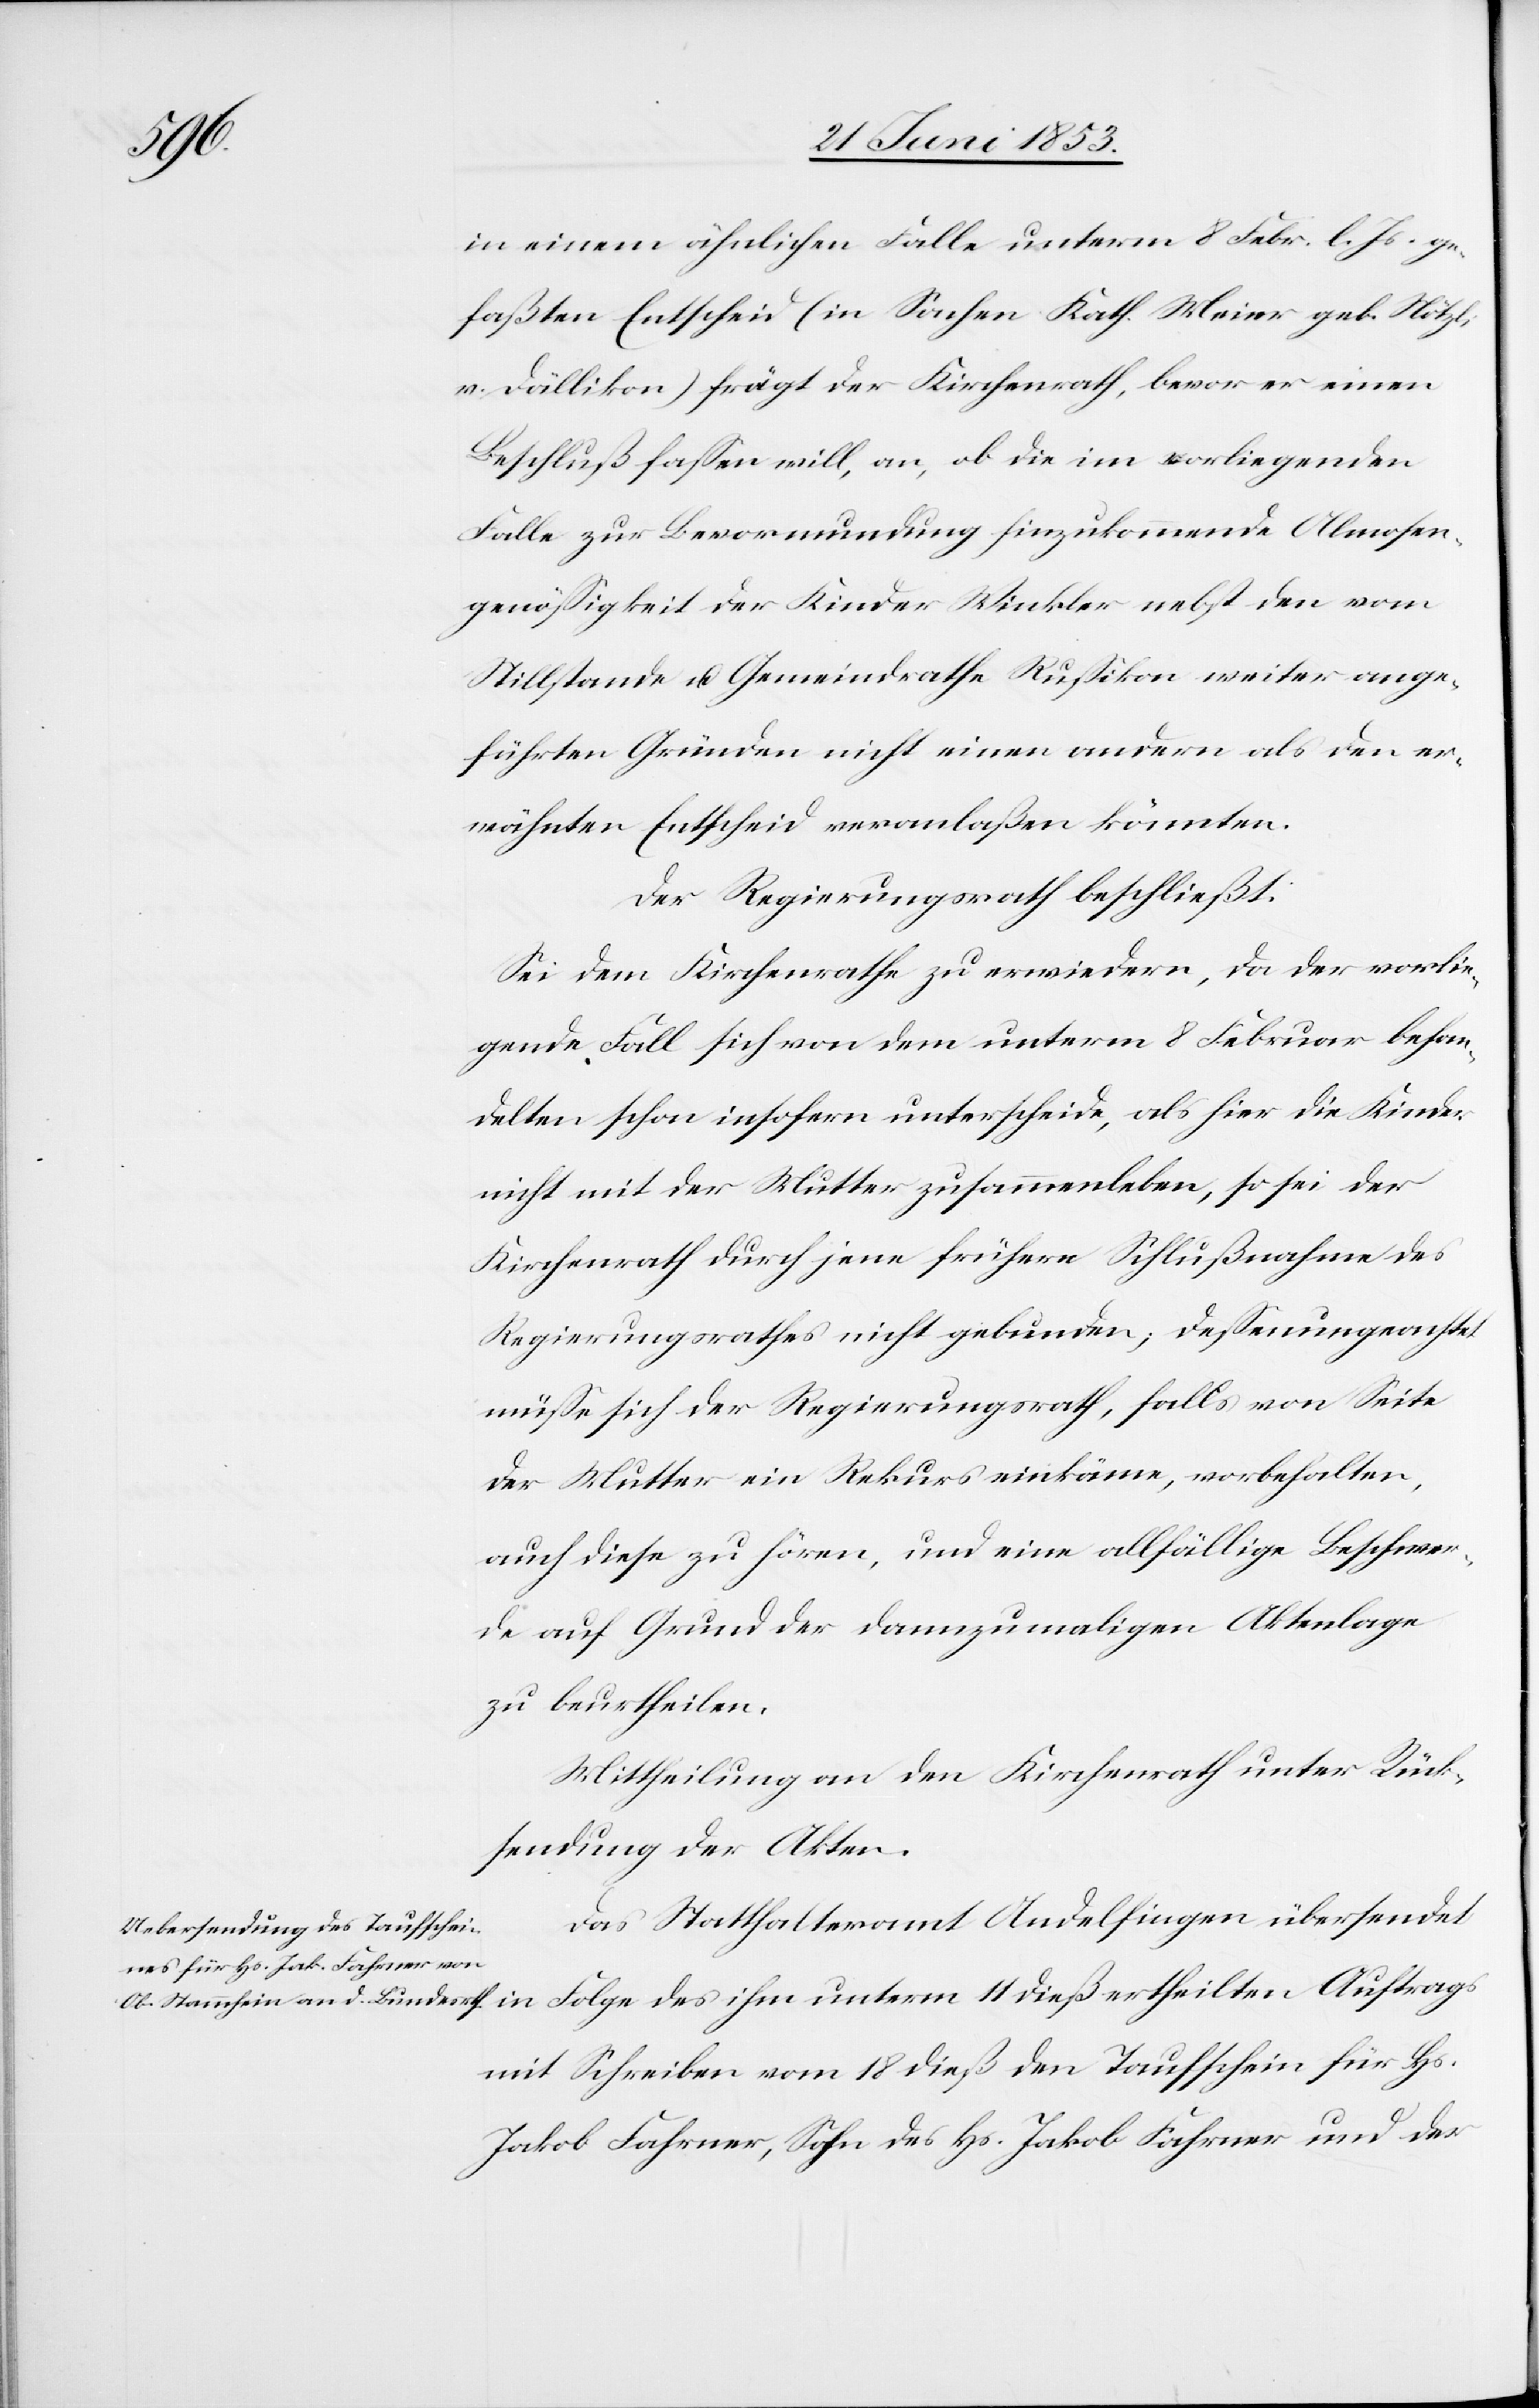
in einem ähnlichen Falle unterm 8 Februar l. Js. ge¬
faßten Entscheide (in Sachen Kath. Meier geb. Nötzli
v. Dällikon) frägt der Kirchenrath, bevor er einen
Beschluß faßen will, an, ob die im vorliegenden
Falle zur Bevormundung hinzukommende Almosen¬
genößigkeit der Kinder Winkler nebst den vom
Stillstande u. Gemeindrathe Rußikon weiter ange¬
führten Gründen nicht einen andern als den er¬
wähnten Entscheid veranlaßen könnten.
Der Regierungsrath beschließt:
Sei dem Kirchenrathe zu erwiedern, da der vorlie¬
gende Fall sich von dem unterm 8 Februar behan¬
delten schon insofern unterscheide, als hier die Kinder
nicht mit der Mutter zusammenleben, so sei der
Kirchenrath durch jene frühere Schlußnahme des
Regierungsrathes nicht gebunden, deßen ungeachtet
müße sich der Regierungsrath, falls von Seite
der Mutter ein Rekurs einkäme, vorbehalten,
auch diese zu hören, und eine allfällige Beschwer¬
de auf Grund der dannzumaligen Aktenlage
zu beurtheilen.
Mittheilung an den Kirchenrath unter Rück¬
sendung der Akten.
Das Statthalteramt Andelfingen übersendet
mit Schreiben vom 18 dieß den Taufschein für Hs.
Jakob Fahrner, Sohn des Hs. Jakob Fahrner und der